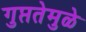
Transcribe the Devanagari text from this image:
गुप्ततेमुळे